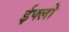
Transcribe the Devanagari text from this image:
ईफ्लो